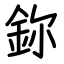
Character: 鉨